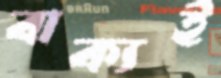
বাক্যই